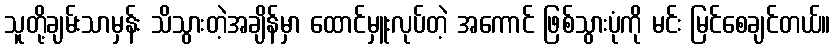
သူတို့ချမ်းသာမှန်း သိသွားတဲ့အချိန်မှာ ထောင်မှူးလုပ်တဲ့ အကောင် ဖြစ်သွားပုံကို မင်း မြင်စေချင်တယ်။